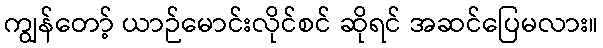
ကျွန်တော့် ယာဉ်မောင်းလိုင်စင် ဆိုရင် အဆင်ပြေမလား။